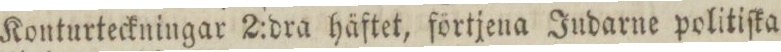
Konturteckningar 2:dra häftet, förtjena Judarne politiſka